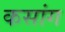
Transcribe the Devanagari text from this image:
कसांग